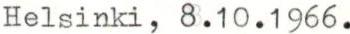
Helsinki, 8.10.1966.